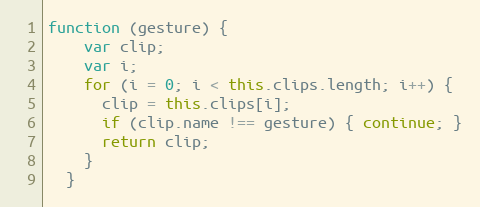
Language: JavaScript
function (gesture) {
    var clip;
    var i;
    for (i = 0; i < this.clips.length; i++) {
      clip = this.clips[i];
      if (clip.name !== gesture) { continue; }
      return clip;
    }
  }